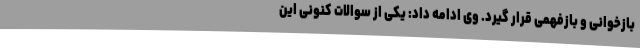
بازخوانی و بازفهمی قرار گیرد. وی ادامه داد: یکی از سوالات کنونی این